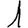
Digit: 1